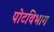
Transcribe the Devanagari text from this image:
पोटविभाग